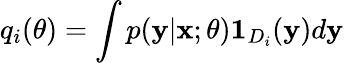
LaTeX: q_{i}(\theta)=\int p(\mathbf{y}\vert\mathbf{x};\theta)\mathbf{1}_{D_{i}}(\mathbf{y})d\mathbf{y}